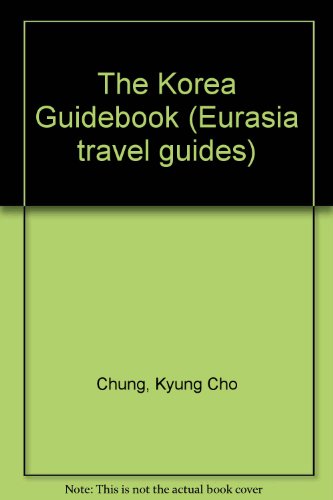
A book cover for KAPLAN KOREA 91 GUIDE PA (Korea Guidebook); Kyung Cho Chung; Travel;